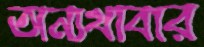
অন্যখাবার